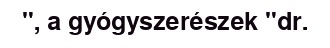
", a gyógyszerészek "dr.